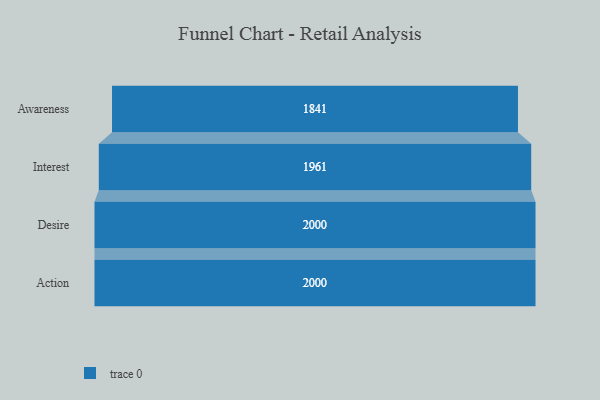
{"axis": {"x": "Stage", "y": "Value"}, "legend": [""], "data": [{"x": "Awareness", "y": 1841.0, "type": ""}, {"x": "Interest", "y": 1961.0, "type": ""}, {"x": "Desire", "y": 2000, "type": ""}, {"x": "Action", "y": 2000, "type": ""}]}